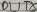
Text: D1